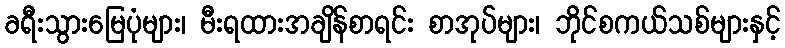
ခရီးသွားမြေပုံများ၊ မီးရထားအချိန်စာရင်း စာအုပ်များ၊ ဘိုင်စကယ်သစ်များနှင့်